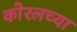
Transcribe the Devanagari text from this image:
काेरलच्या